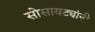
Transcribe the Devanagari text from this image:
सोसायट्यांनी